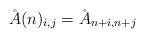
\begin{align*}\r{A}(n)_{i,j}=\r{A}_{n+i,n+j}\end{align*}